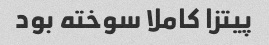
پیتزا کاملا سوخته بود